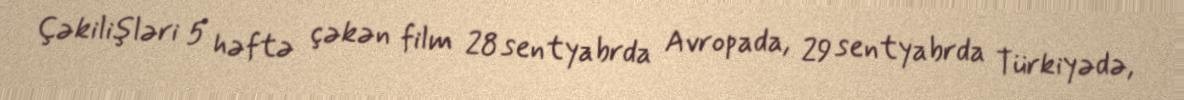
Çəkilişləri 5 həftə çəkən film 28 sentyabrda Avropada, 29 sentyabrda Türkiyədə,